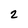
Character: 2